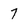
Character: 7